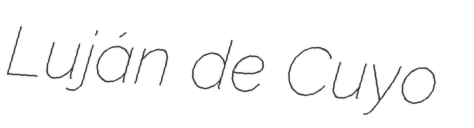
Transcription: Luján de Cuyo